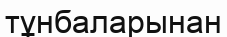
тұнбаларынан